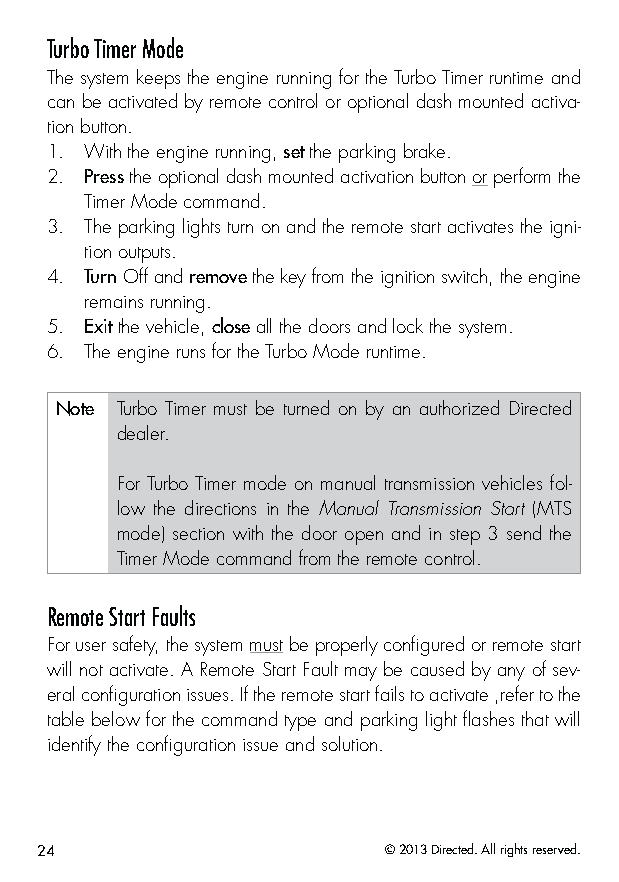
Turbo Timer Mode
 The system keeps the engine running for the Turbo Timer runtime and
 can be activated by remote control or optional dash mounted activa-
 tion button.
 1. With the engine running, set the parking brake.
 2. Press the optional dash mounted activation button or perform the
 Timer Mode command.
 3. The parking lights turn on and the remote start activates the igni-
 tion outputs.
 4. Turn Off and remove the key from the ignition switch, the engine
 remains running.
 5. Exit the vehicle, close all the doors and lock the system.
 6. The engine runs for the Turbo Mode runtime.
 Note Turbo Timer must be turned on by an authorized Directed
 dealer.
 For Turbo Timer mode on manual transmission vehicles fol-
 low the directions in the Manual Transmission Start (MTS
 mode) section with the door open and in step 3 send the
 Timer Mode command from the remote control.
 Remote Start Faults
 For user safety, the system must be properly configured or remote start
 will not activate. A Remote Start Fault may be caused by any of sev-
 eral configuration issues. If the remote start fails to activate ,refer to the
 table below for the command type and parking light flashes that will
 identify the configuration issue and solution.
 24                     © 2013 Directed. All rights reserved.